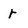
Character: r